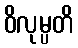
ဝိလုမ္ပတိ